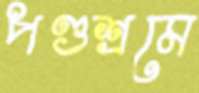
পণ্ডশ্রমে